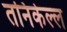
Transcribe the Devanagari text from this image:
तनिकेल्ल